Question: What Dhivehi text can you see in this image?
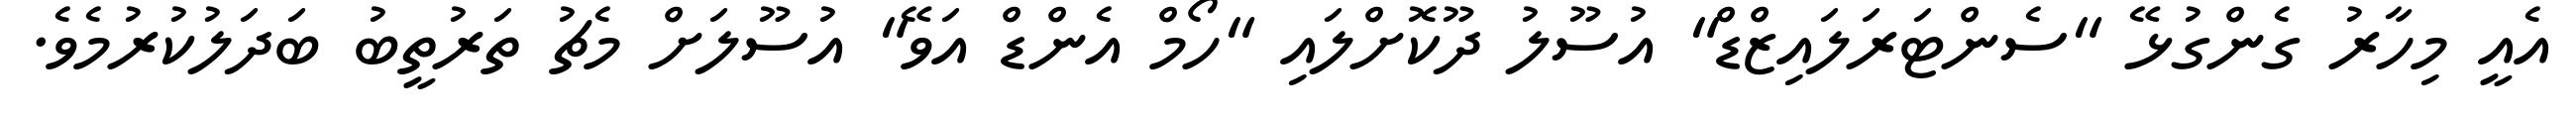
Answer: އެއީ މިހާރު ގެންގުޅޭ "ސެންޓަރަލައިޒްޑް" އުސޫލު ދޫކޮށްލައި "ހޯމް އެންޑް އަވޭ" އުސޫލަށް މެޗު ތަރުތީބު ބަދަލުކުރުމެވެ.